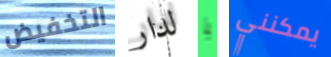
التخفيض لدار يا يمكنني